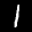
Label: 1